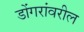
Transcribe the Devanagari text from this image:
डोंगरांवरील